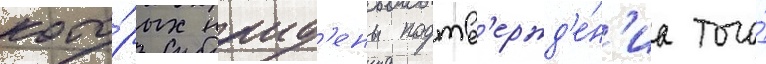
кото́рых наид'ены подтв'ержд'е́н'иа того́